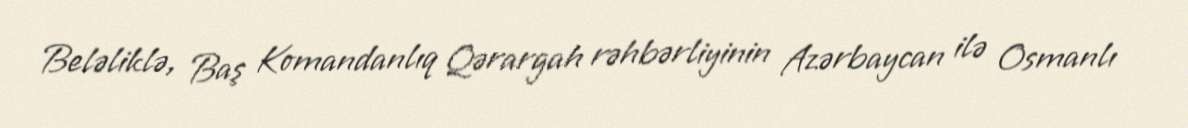
Beləliklə, Baş Komandanlıq Qərargah rəhbərliyinin Azərbaycan ilə Osmanlı